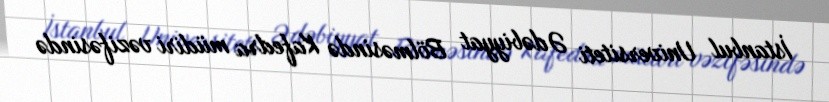
İstanbul Universiteti Ədəbiyyat Bölməsində Kafedra müdiri vəzifəsində